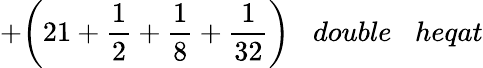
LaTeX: +{\bigg(}21+{\frac{1}{2}}+{\frac{1}{8}}+{\frac{1}{32}}{\bigg)}\; \; \; double\; \; \; heqat